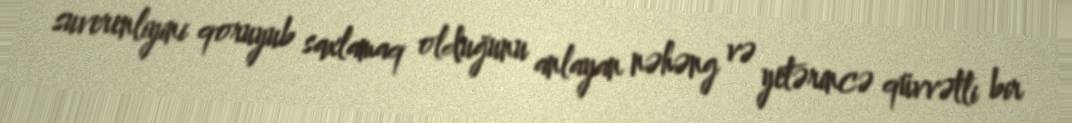
suverenliyini qoruyub saxlamaq olduğunu anlayan nəhəng və yetərincə qüvvətli bir